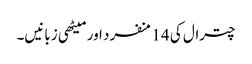
چترال کی 14 منفرد اور میٹھی زبانیں۔